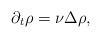
LaTeX: \begin{align*}\partial_t\rho=\nu\Delta\rho,\end{align*}